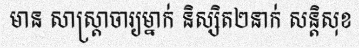
មាន សាស្ត្រាចារ្យម្នាក់ និស្សិត២នាក់ សន្តិសុខ